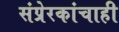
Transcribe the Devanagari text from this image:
संप्रेरकांचाही